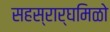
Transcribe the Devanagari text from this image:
सहस्रार्घमिळो